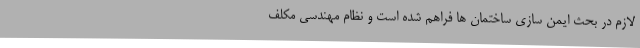
لازم در بحث ایمن سازی ساختمان ها فراهم شده است و نظام مهندسی مکلف